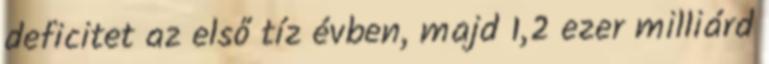
deficitet az első tíz évben, majd 1,2 ezer milliárd